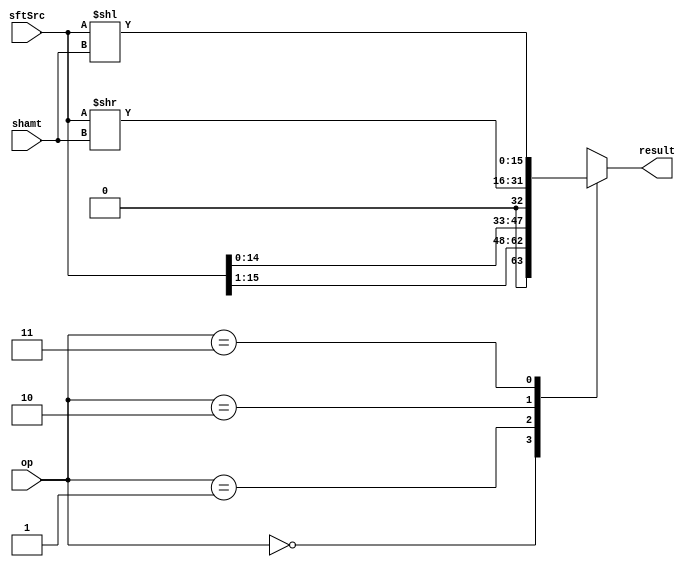
module Shifter_bonus( result, op, sftSrc, shamt );

//I/O ports 
output	[16-1:0] result;

input	[1:0] op;
input	[16-1:0] sftSrc ;
input   [15:0] shamt;

reg [15:0] result_reg;


always@(*)
    case(op)
        2'b00:  result_reg = sftSrc >> 1;
        2'b01:  result_reg = sftSrc << 1;
        2'b10:  result_reg = sftSrc >> shamt;
        2'b11:  result_reg = sftSrc << shamt;
    endcase
    
assign result = result_reg;

endmodule